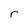
Character: r